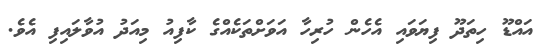
އައްޑޫ ހިތަދޫ ފިޔަވައި އެހެން ހުރިހާ އަވަށްތަކެއްގެ ކާފިއު މިއަދު އުވާލައިފި އެވެ.